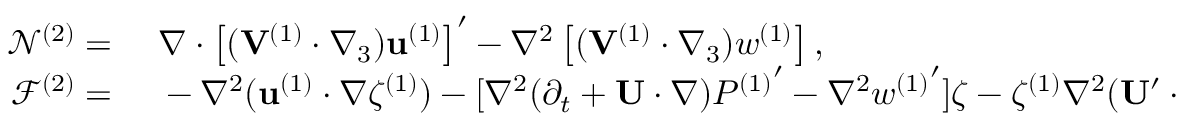
\begin{array} { r l } { \mathcal { N } ^ { ( 2 ) } = ~ } & { { } \nabla \cdot \left[ ( \mathbf { V } ^ { ( 1 ) } \cdot \nabla _ { 3 } ) \mathbf { u } ^ { ( 1 ) } \right] ^ { \prime } - \nabla ^ { 2 } \left[ ( \mathbf { V } ^ { ( 1 ) } \cdot \nabla _ { 3 } ) w ^ { ( 1 ) } \right] , } \\ { \mathcal { F } ^ { ( 2 ) } = ~ } & { { } - \nabla ^ { 2 } ( \mathbf { u } ^ { ( 1 ) } \cdot \nabla \zeta ^ { ( 1 ) } ) - [ \nabla ^ { 2 } ( \partial _ { t } + \mathbf { U } \cdot \nabla ) { P ^ { ( 1 ) } } ^ { \prime } - \nabla ^ { 2 } w { ^ { ( 1 ) } } ^ { \prime } ] \zeta - \zeta ^ { ( 1 ) } \nabla ^ { 2 } ( \mathbf { U } ^ { \prime } \cdot \nabla ) P ^ { ( 1 ) } } \end{array}